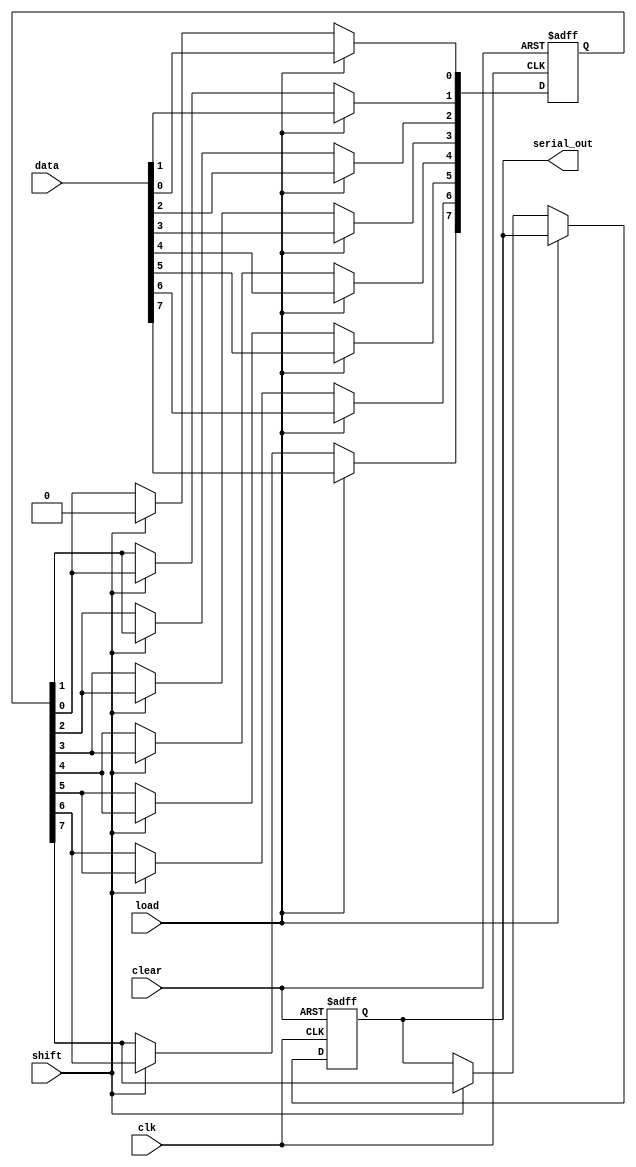
module PISO_Register #(
    parameter N = 8 // Number of bits
)(
    input wire clk,          // Clock input
    input wire load,         // Load control signal
    input wire shift,        // Shift control signal
    input wire clear,        // Clear control signal
    input wire [N-1:0] data, // Parallel input data
    output reg serial_out     // Serial output
);

    reg [N-1:0] input_reg;   // Input register to hold parallel data
    reg [N-1:0] shift_reg;   // Shift register to hold data during shifting
    integer i;

    // Load data into the input register on the rising edge of the clock
    always @(posedge clk or posedge clear) begin
        if (clear) begin
            input_reg <= {N{1'b0}}; // Clear input register
            shift_reg <= {N{1'b0}}; // Clear shift register
            serial_out <= 1'b0;      // Clear serial output
        end else if (load) begin
            input_reg <= data;       // Load data into input register
            shift_reg <= data;       // Initialize shift register with input data
        end else if (shift) begin
            // Shift operation
            serial_out <= shift_reg[N-1]; // Output the MSB (or LSB based on design choice)
            for (i = N-1; i > 0; i = i - 1) begin
                shift_reg[i] <= shift_reg[i-1]; // Shift data right
            end
            shift_reg[0] <= 1'b0; // Optional: Clear the LSB after shifting
        end
    end

endmodule